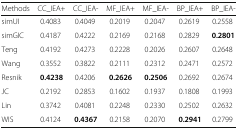
| Methods | CC_IEA+ | CC_IEA- | MF_IEA+ | MF_IEA- | BP_IEA+ | BP_IEA- |
 | --- | --- | --- | --- | --- | --- | --- |
 | simUI | 0.4083 | 0.4049 | 0.2019 | 0.2047 | 0.2619 | 0.2558 |
 | simGIC | 0.4187 | 0.4222 | 0.2169 | 0.2168 | 0.2829 | 0.2801 |
 | Teng | 0.4192 | 0.4273 | 0.2228 | 0.2026 | 0.2607 | 0.2648 |
 | Wang | 0.3552 | 0.3822 | 0.2111 | 0.2312 | 0.2471 | 0.2572 |
 | Resnik | 0.4238 | 0.4206 | 0.2626 | 0.2506 | 0.2692 | 0.2674 |
 | JC | 0.2192 | 0.2853 | 0.1602 | 0.1937 | 0.1808 | 0.1993 |
 | Lin | 0.3742 | 0.4081 | 0.2248 | 0.2330 | 0.2502 | 0.2632 |
 | WIS | 0.4124 | 0.4367 | 0.2158 | 0.2070 | 0.2941 | 0.2799 |